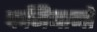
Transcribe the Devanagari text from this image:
कजियानो